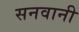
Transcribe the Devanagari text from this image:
सनवानी